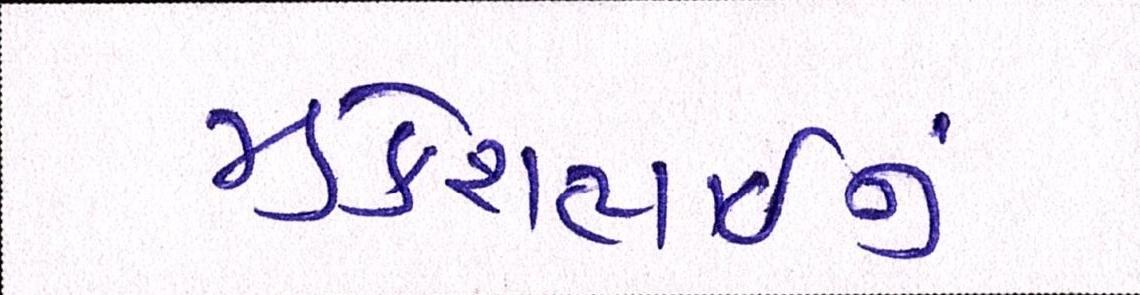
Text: મુકેશભાઈનું